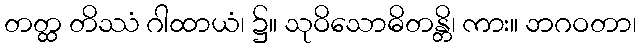
တတ္ထ တိဿံ ဂါထာယံ၊ ၌။ သုဝိသောဓိတန္တိ၊ ကား။ ဘဂဝတာ၊